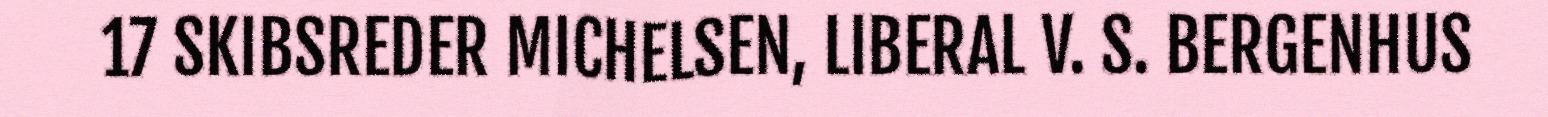
17 SKIBSREDER MICHELSEN, LIBERAL V. S. BERGENHUS